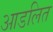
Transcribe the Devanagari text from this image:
आडलित